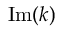
\mathrm { I m } ( k )